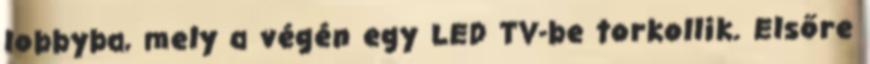
lobbyba, mely a végén egy LED TV-be torkollik. Elsőre